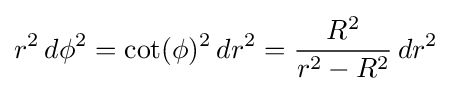
r^{2}\,d\phi ^{2}=\cot(\phi )^{2}\,dr^{2}={\frac {R^{2}}{r^{2}-R^{2}}}\,dr^{2}